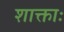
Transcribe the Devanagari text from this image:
शाक्ताः